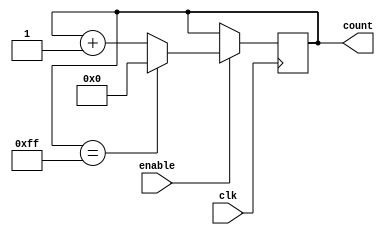
module Binary_Up_Counter_with_Enable (
    input wire clk,
    input wire enable,
    output reg [N-1:0] count
);

parameter N = 8; // Predefined width of the counter

always @(posedge clk) begin
    if (enable) begin
        if (count == (2**N) - 1) begin
            count <= 0; // Reset to zero when maximum count value reached
        end else begin
            count <= count + 1; // Increment by one on each clock cycle
        end
    end
end

endmodule